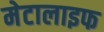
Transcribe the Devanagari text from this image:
मेटालाइफ